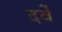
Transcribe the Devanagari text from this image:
दर्वे